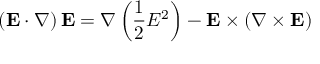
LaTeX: \left( \mathbf { E } \cdot \nabla \right) \mathbf { E } = \nabla \left( { \frac { 1 } { 2 } } E ^ { 2 } \right) - \mathbf { E } \times \left( \nabla \times \mathbf { E } \right)